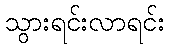
သွားရင်းလာရင်း